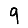
Digit: 9